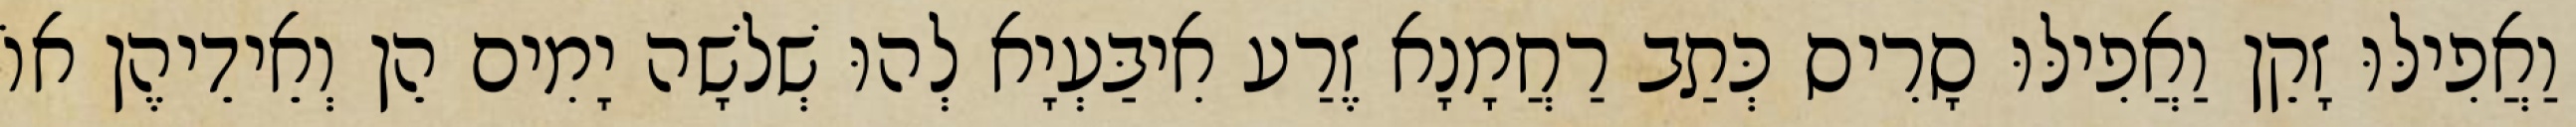
וַאֲפִילּוּ זָקֵן וַאֲפִילּוּ סָרִיס כְּתַב רַחֲמָנָא זֶרַע אִיבַּעְיָא לְהוּ שְׁלֹשָׁה יָמִים הֵן וְאֵידֵיהֶן אוֹ